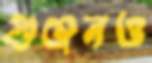
গুঞ্জনও